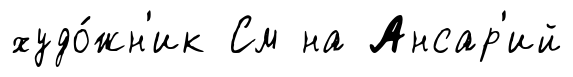
худо́жн'ик См на Ансар'ий